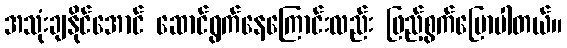
အသုံးချနိုင်အောင် ဆောင်ရွက်နေကြောင်းလည်း ဖြည့်စွက်ပြောပါတယ်။